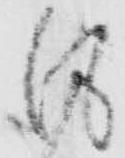
風